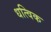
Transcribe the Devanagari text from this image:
धत्विक